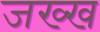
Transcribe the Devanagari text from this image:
जख्ख